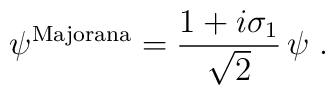
\psi^{\rm Majorana} =\frac{1+i\sigma_1}{\sqrt{2}}\, \psi\;.